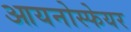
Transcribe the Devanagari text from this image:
आयनोस्फेयर